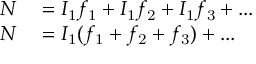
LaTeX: \begin{array} { r l } { N } & { { } = I _ { \mathrm { 1 } } f _ { \mathrm { 1 } } + I _ { \mathrm { 1 } } f _ { \mathrm { 2 } } + I _ { \mathrm { 1 } } f _ { \mathrm { 3 } } + . . . } \\ { N } & { { } = I _ { \mathrm { 1 } } ( f _ { \mathrm { 1 } } + f _ { \mathrm { 2 } } + f _ { \mathrm { 3 } } ) + . . . } \end{array}